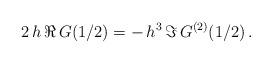
LaTeX: \begin{align*} 2\,h\,\Re\,G(1/2) = -\,h^3\,\Im\,G^{(2)}(1/2)\,. \end{align*}